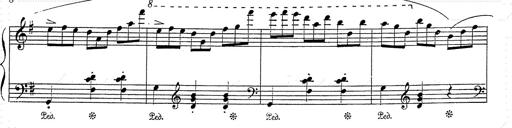
Title: 6 Polish Songs
Composer: Franz Liszt